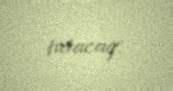
tutacaq.